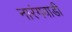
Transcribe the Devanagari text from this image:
नारंगवाडी